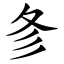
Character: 㣊